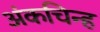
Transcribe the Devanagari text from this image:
अंकचिन्ह